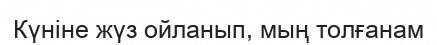
Күніне жүз ойланып, мың толғанам